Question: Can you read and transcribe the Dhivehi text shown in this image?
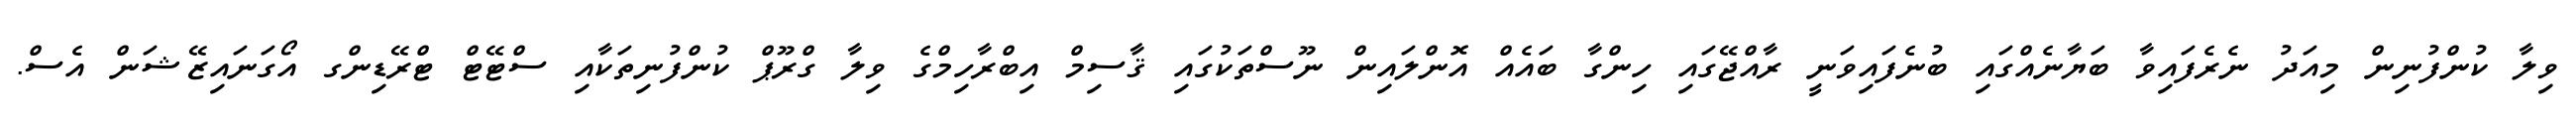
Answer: ވިލާ ކުންފުނިން މިއަދު ނެރެފައިވާ ބަޔާނެއްގައި ބުނެފައިވަނީ ރާއްޖޭގައި ހިންގާ ބައެއް އޮންލައިން ނޫސްތަކުގައި ޤާސިމް އިބްރާހިމްގެ ވިލާ ގްރޫޕް ކުންފުނިތަކާއި ސްޓޭޓް ޓްރޭޑިންގ އޯގަނައިޒޭޝަން އެސް.